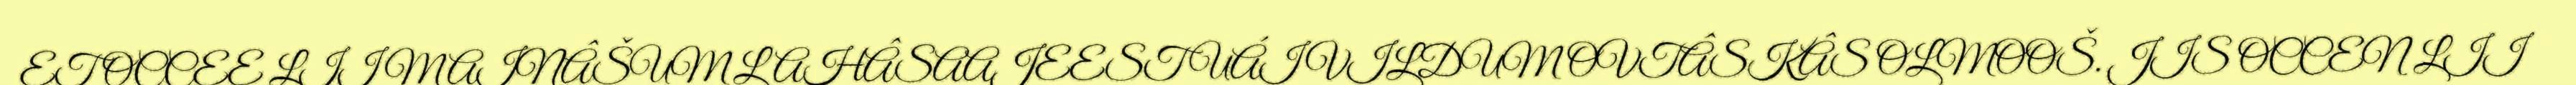
ET OCCEE LII MAINÂŠUM LAHÂSAAJEEST UÁIVILDUM OVTÂSKÂS OLMOOŠ. JIS OCCEN LII